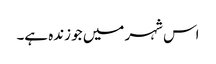
اس شہر میں جو زندہ ہے۔